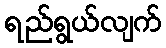
ရည်ရွယ်လျက်